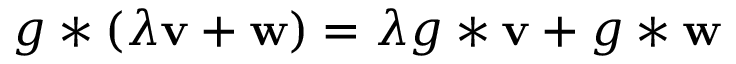
g * ( \lambda \mathbf { v } + \mathbf { w } ) = \lambda g * \mathbf { v } + g * \mathbf { w }